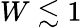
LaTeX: W\lesssim 1